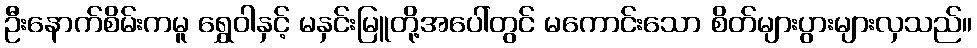
ဦးနောက်စိမ်းကမူ ရွှေဝါနှင့် မနှင်းမြူတို့အပေါ်တွင် မကောင်းသော စိတ်များပွားများလှသည်။